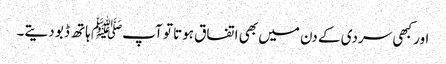
اور کبھی سردی کے دن میں بھی اتفاق ہوتا تو آپﷺ ہاتھ ڈبو دیتے۔